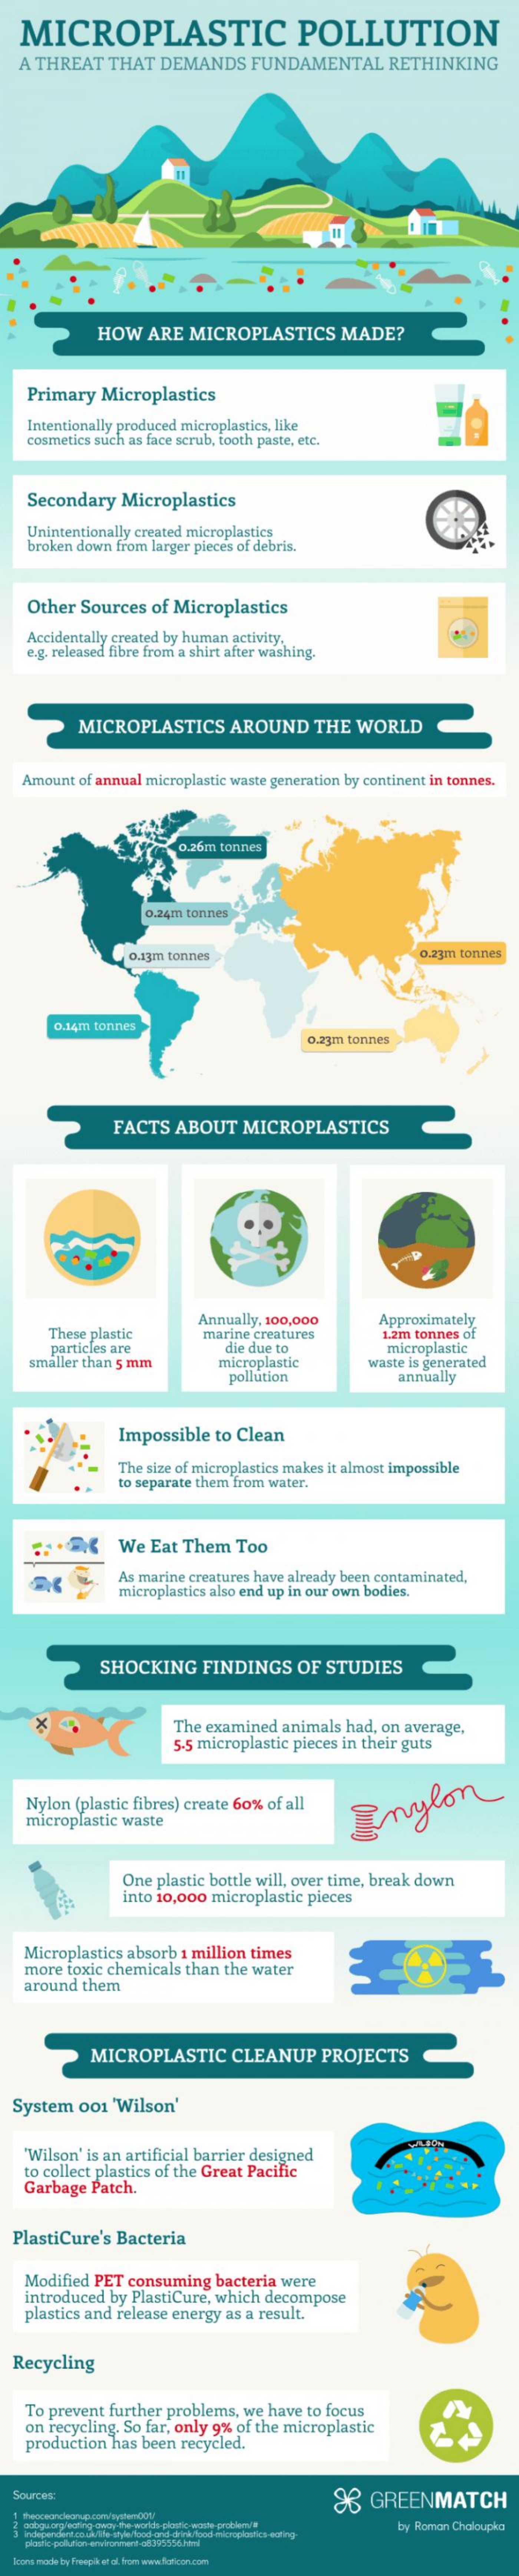
MICROPLASTIC    POLLUTION
   A THREAT   THAT  DEMANDS    FUNDAMENTAL    RETHINKING
     HOW   ARE  MICROPLASTICS    MADE?
    Primary  Microplastics
    Intentionally produced microplastics, like
    cosmetics such as face scrub, tooth paste, etc.
    Secondary  Microplastics
    Unintentionally created microplastics
    broken down from larger pieces of debris.
    Other Sources  of Microplastics
    Accidentally created by human activity.
    e.g. released fibre from a shirt after washing.
     MICROPLASTICS    AROUND    THE  WORLD
   Amount of annual microplastic waste generation by continent in tonnes.
     0.26m tonnes
     0.24m tonnes
     o.13m tonnes    0.23m tonnes
     0.14m tonnes
     0.23m tonnes
     FACTS  ABOUT    MICROPLASTICS
     These plastic
     Annually, 100,000    Approximately
     particles are
     marine creatures    1.2m tonnes of
     die due to
    smaller than 5 mm
     microplastic
     microplastic
     pollution
     waste is generated
     annually
     Impossible  to Clean
     The size of microplastics makes it almost impossible
     to separate them from water.
     We  Eat Them   Too
     As marine creatures have already been contaminated,
     microplastics also end up in our own bodies.
     SHOCKING    FINDINGS    OF  STUDIES
     The examined animals had, on average,
     5.5 microplastic pieces in their guts
   Nylon (plastic fibres) create 60% of all
   microplastic waste
     Enylon
     One plastic bottle will, over time, break down
     into 10,000 microplastic pieces
   Microplastics absorb 1 million times
    more toxic chemicals than the water
   around  them
     MICROPLASTIC    CLEANUP    PROJECTS
  System  001 'Wilson'
    Wilson' is an artificial barrier designed
   to collect plastics of the Great Pacific
   Garbage  Patch.
  PlastiCure's Bacteria
   Modified PET consuming  bacteria were
   introduced by PlastiCure, which decompose
   plastics and release energy as a result.
  Recycling
   To prevent further problems, we have to focus
   on recycling. So far, only 9% of the microplastic
    production has been recycled.
  Sources:    98  GREENMATCH
     by Roman Chaloupka